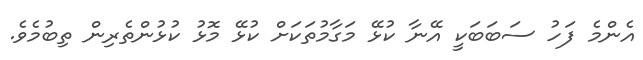
އެންމެ ފަހު ސަބަބަކީ އޭނާ ކުޅޭ މަގާމުތަކަށް ކުޅޭ މޮޅު ކުޅުންތެރިން ތިބުމެވެ.